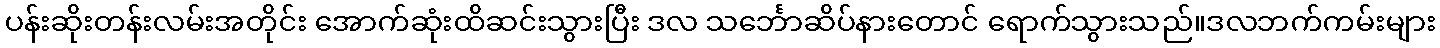
ပန်းဆိုးတန်းလမ်းအတိုင်း အောက်ဆုံးထိဆင်းသွားပြီး ဒလ သင်္ဘောဆိပ်နားတောင် ရောက်သွားသည်။ဒလဘက်ကမ်းများ